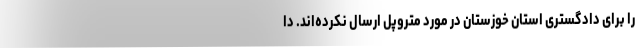
را برای دادگستری استان خوزستان در مورد متروپل ارسال نکرده‌اند. دا